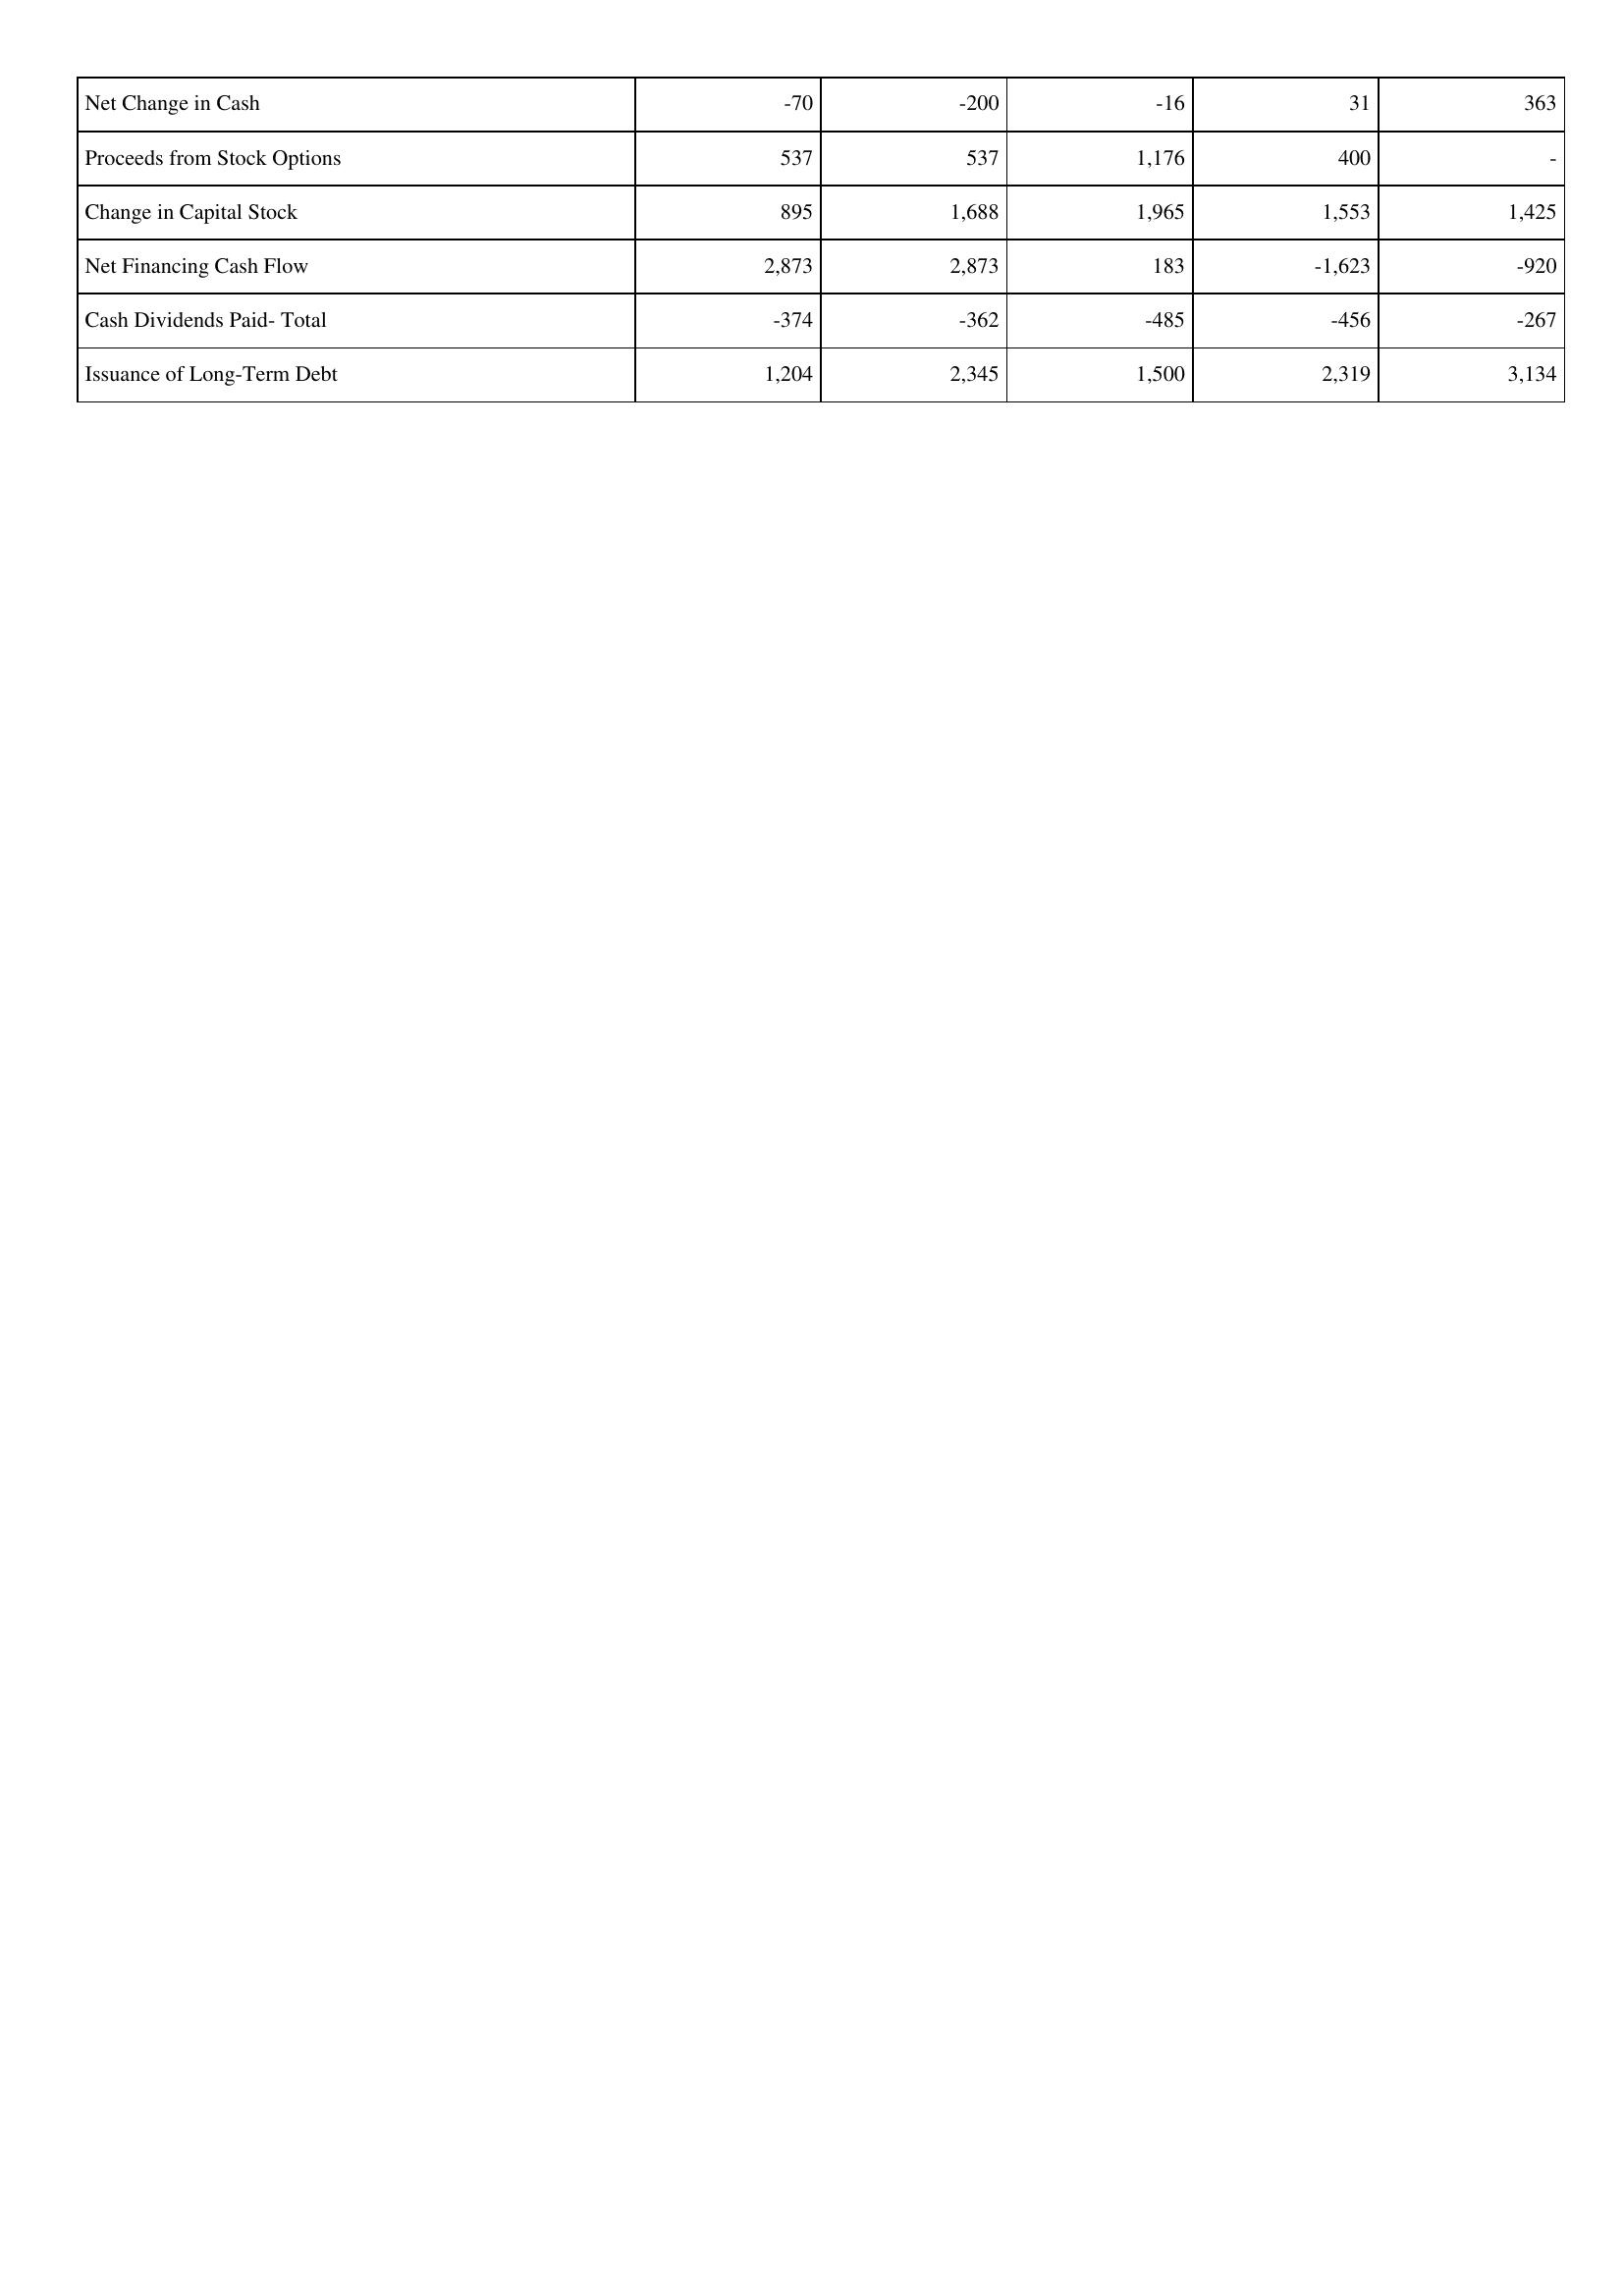
2010: Financing Activities: Net Change in Cash: -70
Proceeds from Stock Options: 537
Change in Capital Stock: 895
Net Financing Cash Flow: 2,873
Cash Dividends Paid- Total: -374
Issuance of Long-Term Debt: 1,204
2009: Financing Activities: Net Change in Cash: -200
Proceeds from Stock Options: 537
Change in Capital Stock: 1,688
Net Financing Cash Flow: 2,873
Cash Dividends Paid- Total: -362
Issuance of Long-Term Debt: 2,345
2008: Financing Activities: Net Change in Cash: -16
Proceeds from Stock Options: 1,176
Change in Capital Stock: 1,965
Net Financing Cash Flow: 183
Cash Dividends Paid- Total: -485
Issuance of Long-Term Debt: 1,500
2007: Financing Activities: Net Change in Cash: 31
Proceeds from Stock Options: 400
Change in Capital Stock: 1,553
Net Financing Cash Flow: -1,623
Cash Dividends Paid- Total: -456
Issuance of Long-Term Debt: 2,319
2006: Financing Activities: Net Change in Cash: 363
Proceeds from Stock Options: -
Change in Capital Stock: 1,425
Net Financing Cash Flow: -920
Cash Dividends Paid- Total: -267
Issuance of Long-Term Debt: 3,134